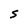
Character: S